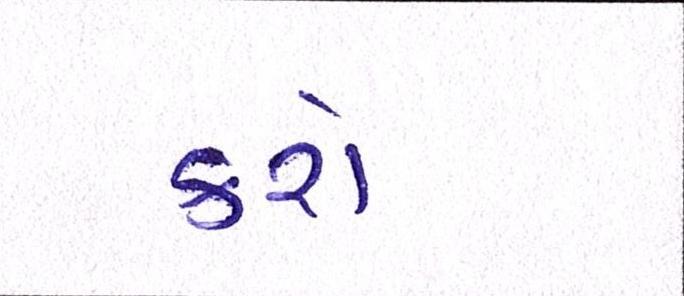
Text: કરો